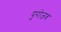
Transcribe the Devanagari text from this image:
पुरोजव